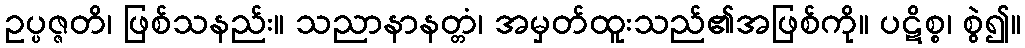
ဥပ္ပဇ္ဇတိ၊ ဖြစ်သနည်း။ သညာနာနတ္တံ၊ အမှတ်ထူးသည်၏အဖြစ်ကို။ ပဋိစ္စ၊ စွဲ၍။